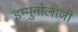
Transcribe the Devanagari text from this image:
इम्मुनोलोजी